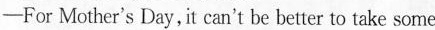
——For Mother's Day,it can't be better to take some